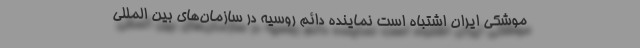
موشکی ایران اشتباه است نماینده دائم روسیه در سازمان‌های بین المللی